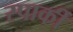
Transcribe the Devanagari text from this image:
स्पार्की